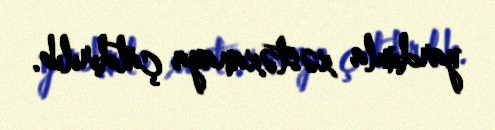
yardımla xəstəxanaya çatdırılıb.